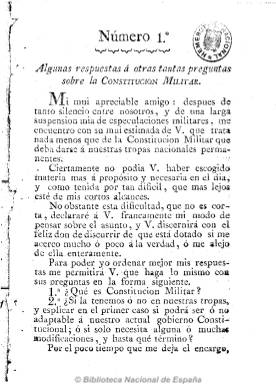
Título: [Respuestas a preguntas sobre la Constitución militar]
Otros títulos: Respuesta a pregunta sobre la Constitución militar || Algunas respuestas a otras tantas preguntas sobre la Constitución militar || Sigue una respuesta a otra pregunta sobre la Constitución militar
Colección: Fuerzas armadas
Ámbito geográfico: Cádiz
Lugar de publicación: Puerto de Santa María [Cádiz]
Fechas: 01/01/1820-31/12/1820

Dos números impresos en Puerto de Santa María (Cádiz), de ocho y doce páginas, respectivamente, en los que su autor utiliza el género epistolar para expresar cuestiones doctrinales de una futura reglamentación de las instituciones de los ejércitos españoles en un entorno constitucional, como el que acaba de reiniciarse en 1820, en donde quede, entre otros aspectos, recogida la función del Rey.